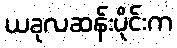
ယခုလဆန်းပိုင်းက